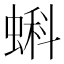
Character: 蝌